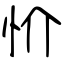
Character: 忦